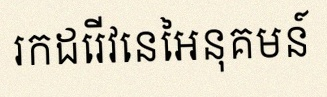
រកដេរីវេនៃអនុគមន៍